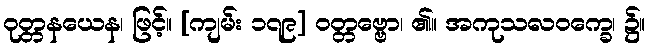
ဝုတ္တနယေန၊ ဖြင့်။ [ကျမ်း ၁၇၉] ဝတ္တဗ္ဗော၊ ၏။ အကုသလဝက္ခေ၊ ၌။